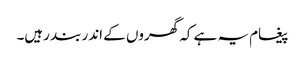
پیغام یہ ہے کہ گھروں کے اندر بند رہیں۔